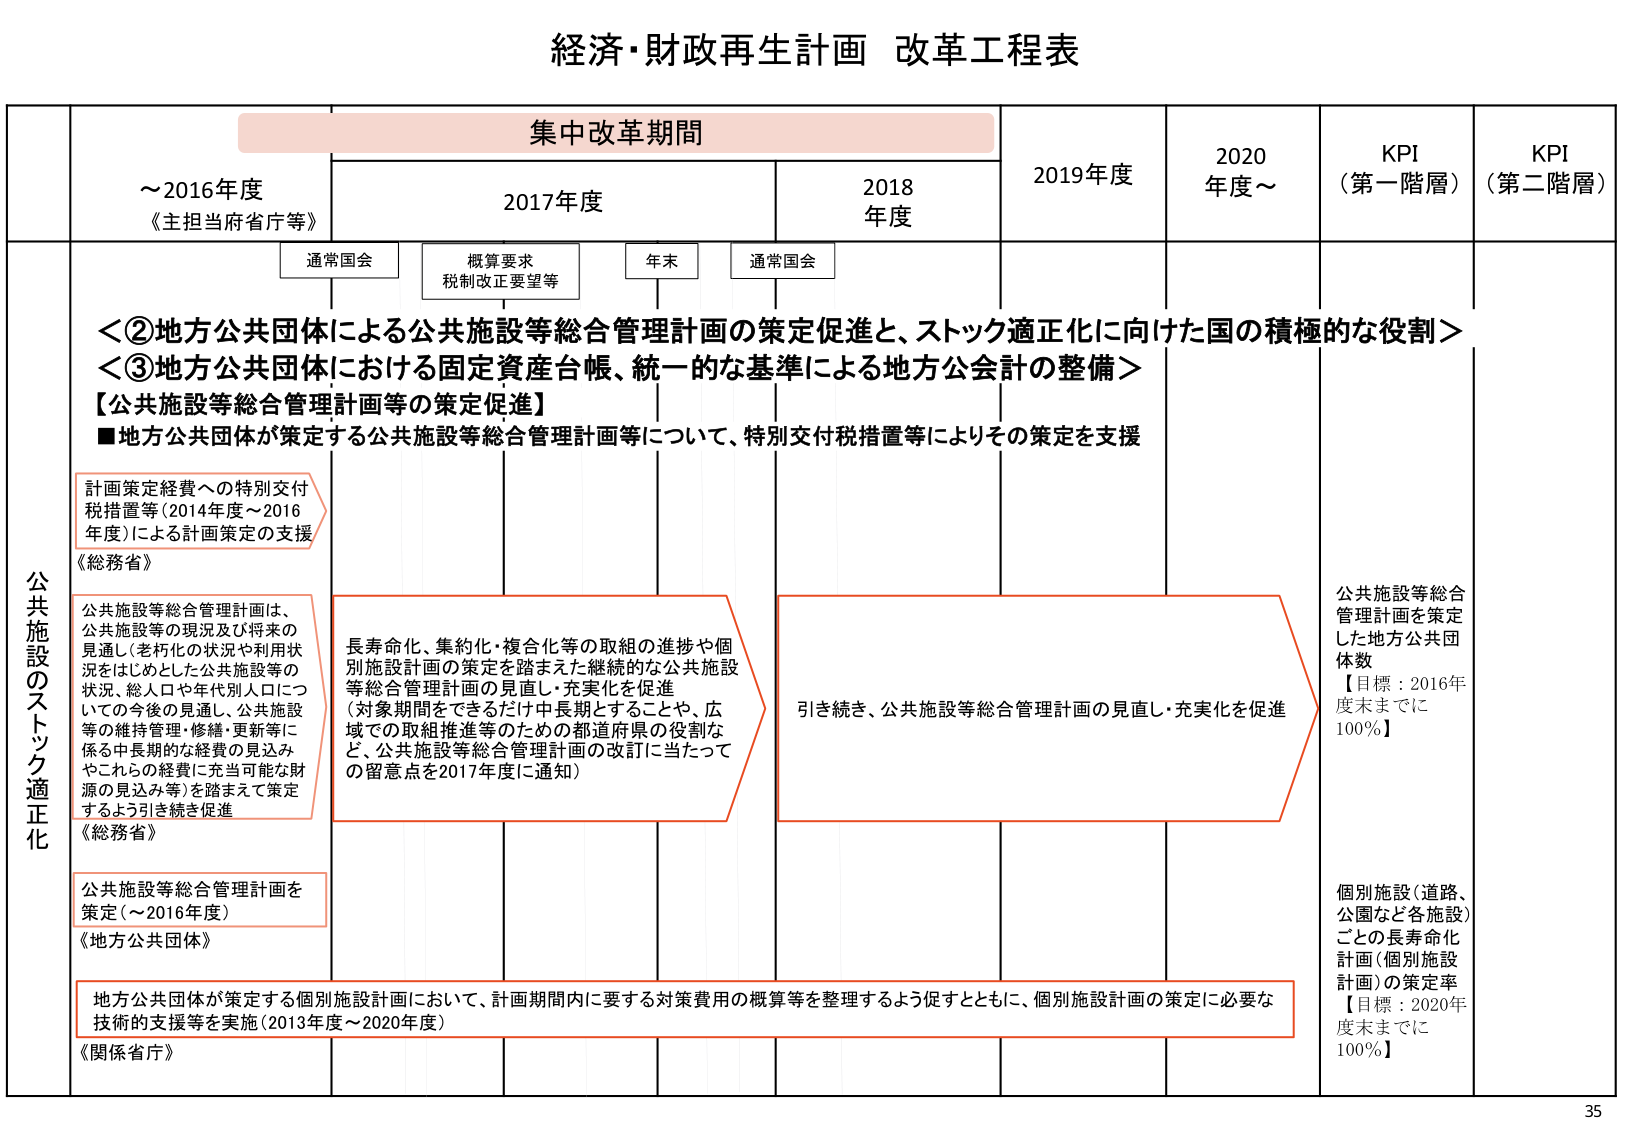
経済・財政再生計画 改革工程表

集中改革期間

～2016年度
《主担当府省庁等》

2017年度

2018年度

2019年度

2020年度～

KPI
（第一階層）

KPI
（第二階層）

通常国会

概算要求
税制改正要望等

年末

通常国会

＜②地方公共団体による公共施設等総合管理計画の策定促進と、ストック適正化に向けた国の積極的な役割＞
＜③地方公共団体における固定資産台帳、統一的な基準による地方公会計の整備＞

【公共施設等総合管理計画等の策定促進】
■地方公共団体が策定する公共施設等総合管理計画等について、特別交付税措置等によりその策定を支援

計画策定経費への特別交付税措置等（2014年度～2016年度）による計画策定の支援
《総務省》

公共施設等総合管理計画は、公共施設等の現況及び将来の見通し（老朽化の状況や利用状況をはじめとした公共施設等の状況、総人口や年代別人口についての今後の見通し、公共施設等の維持管理・修繕・更新等に係る中長期的な経費の見込みやこれらの経費に充当可能な財源の見込み等）を踏まえて策定するよう引き続き促進
《総務省》

公共施設等総合管理計画を策定（～2016年度）
《地方公共団体》

地方公共団体が策定する個別施設計画において、計画期間内に要する対策費用の概算等を整理するよう促すとともに、個別施設計画の策定に必要な技術的支援等を実施（2013年度～2020年度）
《関係省庁》

長寿命化、集約化・複合化等の取組の進捗や個別施設計画の策定を踏まえた継続的な公共施設等総合管理計画の見直し・充実化を促進
（対象期間をできるだけ中長期とすることや、広域での取組推進等のための都道府県の役割など、公共施設等総合管理計画の改訂に当たっての留意点を2017年度に通知）

引き続き、公共施設等総合管理計画の見直し・充実化を促進

公共施設等総合管理計画を策定した地方公共団体数
【目標：2016年度末までに100％】

個別施設（道路、公園など各施設）ごとの長寿命化計画（個別施設計画）の策定率
【目標：2020年度末までに100％】

公共施設のストック適正化

35